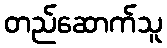
တည်ဆောက်သူ